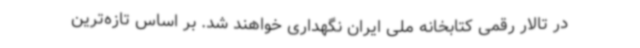
در تالار رقمی کتابخانه ملی ایران نگهداری خواهند شد. بر اساس تازه‌ترین